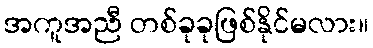
အကူအညီ တစ်ခုခုဖြစ်နိုင်မလား။